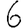
Digit: 6